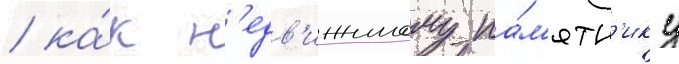
/ ка́к н'едв'ижимому па́м'ятн'ику